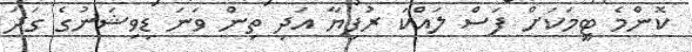
ކޮންމެ ޓީމަކަށް ފަސް ލައްކަ ރުފިޔާ އަދި ތިން ވަނަ ޑިވިޝަނުގެ ގަދަ